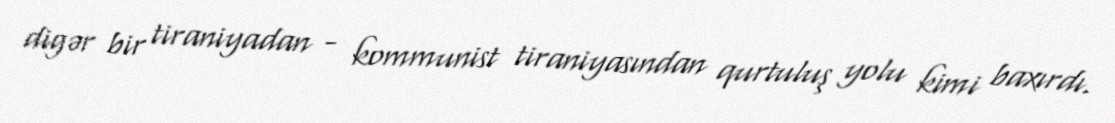
digər bir tiraniyadan - kommunist tiraniyasından qurtuluş yolu kimi baxırdı.